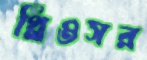
প্লিওসর